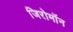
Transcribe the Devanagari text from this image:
जिरोमॉन